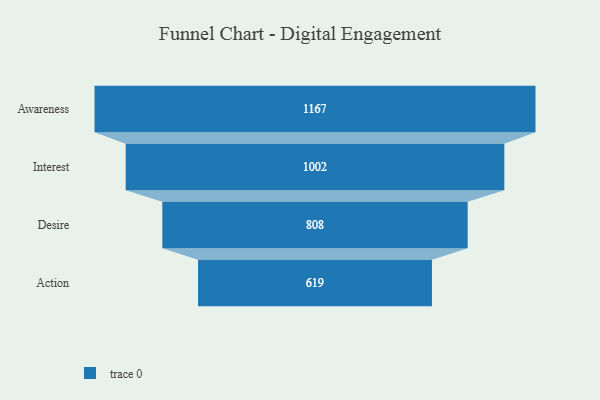
{"axis": {"x": "Stage", "y": "Value"}, "legend": [""], "data": [{"x": "Awareness", "y": 1167.0, "type": ""}, {"x": "Interest", "y": 1002.0, "type": ""}, {"x": "Desire", "y": 808.0, "type": ""}, {"x": "Action", "y": 619.0, "type": ""}]}